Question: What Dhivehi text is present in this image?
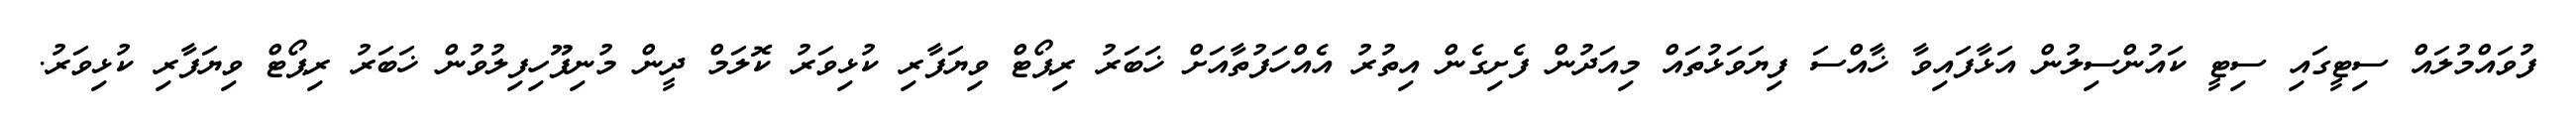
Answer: ފުވައްމުލައް ސިޓީގައި ސިޓީ ކައުންސިލުން އަޅާފައިވާ ޚާއްސަ ފިޔަވަޅުތައް މިއަދުން ފެށިގެން އިތުރު އެއްހަފުތާއަށް ޚަބަރު ރިޕޯޓް ވިޔަފާރި ކުޅިވަރު ކޮލަމް ދީން މުނިފޫހިފިލުވުން ޚަބަރު ރިޕޯޓް ވިޔަފާރި ކުޅިވަރު.